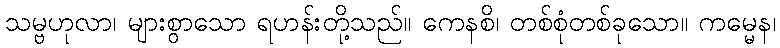
သမ္ဗဟုလာ၊ များစွာသော ရဟန်းတို့သည်။ ကေနစိ၊ တစ်စုံတစ်ခုသော။ ကမ္မေန၊